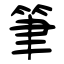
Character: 筆